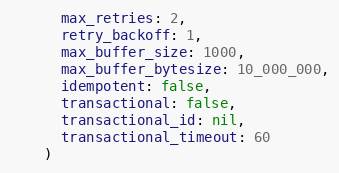
Language: Ruby
      max_retries: 2,
      retry_backoff: 1,
      max_buffer_size: 1000,
      max_buffer_bytesize: 10_000_000,
      idempotent: false,
      transactional: false,
      transactional_id: nil,
      transactional_timeout: 60
    )